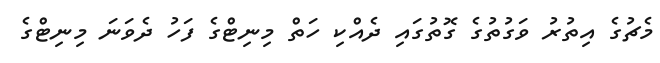
މެޗުގެ އިތުރު ވަގުތުގެ ގޮތުގައި ދެއްކި ހަތް މިނިޓްގެ ފަހު ދެވަނަ މިނިޓްގެ